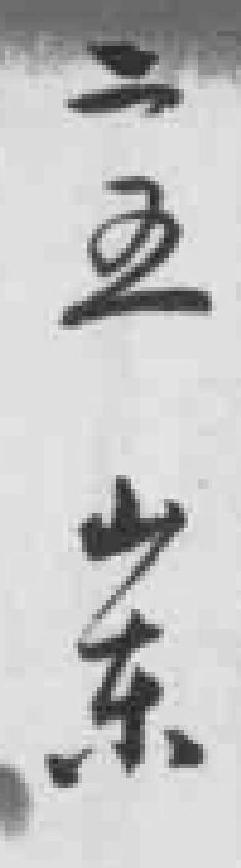
二五山东